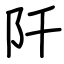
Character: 阡